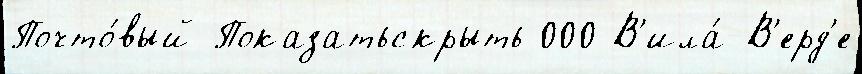
Почто́вый Показатьскрыть 000 В'ила́-В'ерд'е